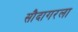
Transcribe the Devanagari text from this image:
सौदागरला